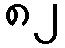
၈၂